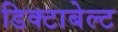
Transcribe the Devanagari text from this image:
डिक्टाबेल्ट